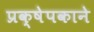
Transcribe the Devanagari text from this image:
प्रक्षेपकाने